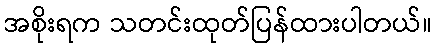
အစိုးရက သတင်းထုတ်ပြန်ထားပါတယ်။